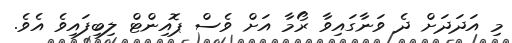
މި އަދަދަށް ދެ ވަނާގައިވާ ރޯމާ އަށް ވެސް ޕޮއިންޓް ލިބިފައިވެ އެވެ.